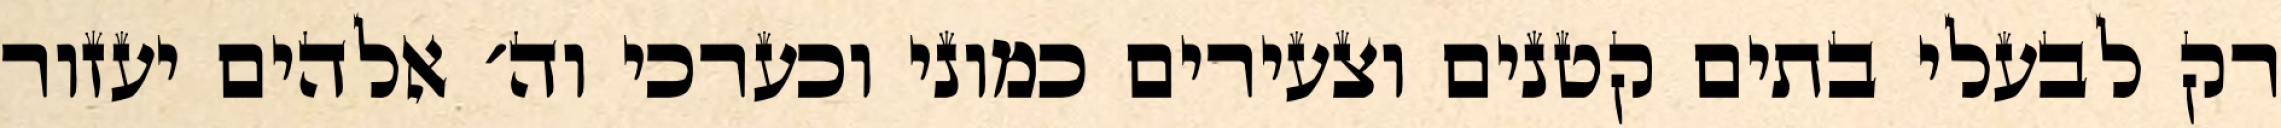
רק לבעלי בתים קטנים וצעירים כמוני וכערכי וה׳ אלהים יעזור